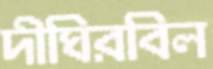
দীঘিরবিল